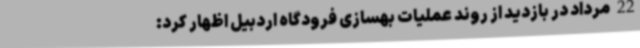
22 مرداد در بازدید از روند عملیات بهسازی فرودگاه اردبیل اظهار کرد: